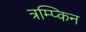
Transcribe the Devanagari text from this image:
त्रम्प्किन